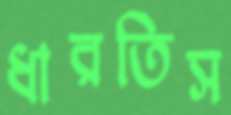
ধারতিস